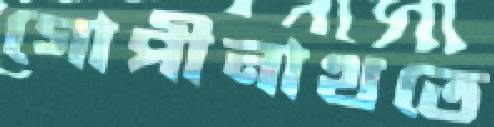
গোপীনাথতে